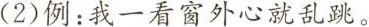
( 2) 例：我一看窗外心就乱跳。